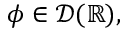
\phi \in { \mathcal { D } } ( \mathbb { R } ) ,